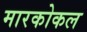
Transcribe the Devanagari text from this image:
मारकोकल